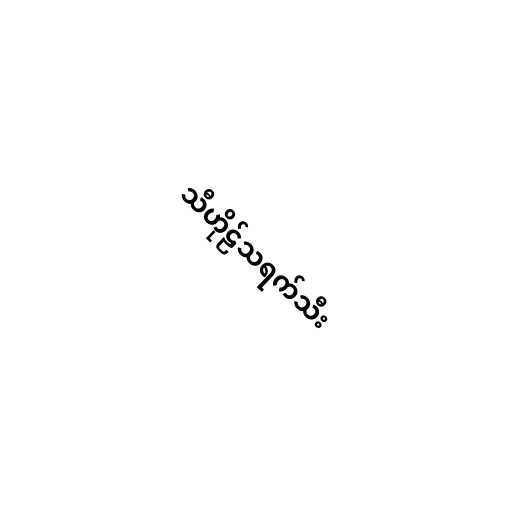
သီဟိုဠ်သရက်သီး